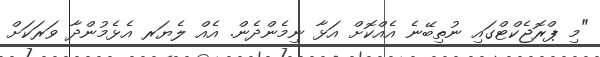
"މި ޕްރޮޖެކްޓްގައި ނުތިބޭނެ އެއްކޮށް އަޅާ ނިމެންދެން. އެއް ލެޔަރ އެޅެމުންދާ ވަރަކަށް